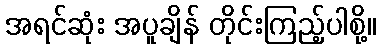
အရင်ဆုံး အပူချိန် တိုင်းကြည့်ပါစို့။